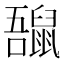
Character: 𪕡